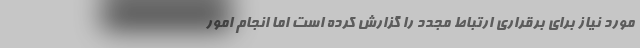
مورد نیاز برای برقراری ارتباط مجدد را گزارش کرده است اما انجام امور